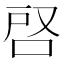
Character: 𭇪